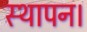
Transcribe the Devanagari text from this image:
स्थापन।